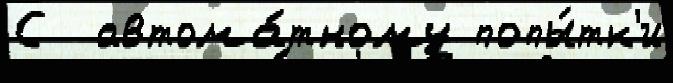
С  автома́тному попы́тк'и